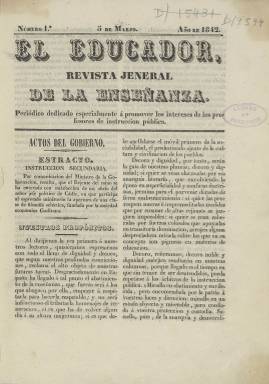
Título: El Educador (Madrid)
Colección: Educación
Ámbito geográfico: Madrid
Lugar de publicación: Madrid
Fechas: 05/03/1842-31/10/1842

Periódico editado en 1842 y solo en ese año. Publicó un total de 26 números desde el 5 de marzo en que salió el primero hasta el 31 de octubre en que lo hizo el último. En este último número se avisó a los suscriptores que el siguiente ya saldría con otra cabecera, aunque mantendría el mismo ideario y contenido. Se llamaría a partir de entonces Semanario de Instrucción Pública.

  El Educador llevaba por subtítulo el de Revista Jeneral de la Enseñanza, así con J en lugar de G, ortografía que era usual entonces. Otro subtítulo decía lo siguiente: ‘Periódico dedicado especialmente a promover los intereses de los profesores de instrucción pública’.

    La publicación salía tres veces por semana salvo un corto periodo en que fue semanal. Comenzó teniendo ocho páginas pero acabó teniendo solo cuatro. La última entrega solo tiene seis.

   En el primer número figura un artículo firmado por Miguel del Artiedal, que presumiblemente debía ser el editor o director del periódico y del que no se conoce casi nada.  Dicho artículo, que ocupa tres páginas y en el que se explicita el propósito del periódico, es muy esclarecedor sobre el estado de la enseñanza en la época y los problemas que afrontaba. En ese año de 1842 estaba como regente en España el general Espartero, dada la minoría de edad de Isabel II, y tras la abdicación como regente de su madre María Cristina. La situación política era de gran inestabilidad, de vaivenes partidistas, y eso afectaba a todos los aspectos de la vida nacional y especialmente a un sector como la educación muy sensible a los cambios políticos.

  En su presentación al público el periódico reclamaba ‘con voz enérgica el decoro debido a la enseñanza, las consideraciones de que son dignos los que a su espinosa profesión se dedican’.

   La publicación se estructuraba en secciones o epígrafes que se resumen así: boletín de actos del Gobierno; artículos doctrinales sobre los diversos ramos de instrucción; examen de los métodos y libros de enseñanza; reseña histórica de los colegios, institutos etc. con una noticia de los exámenes públicos que en ellos se celebren; variedades literarias; extracto de las sesiones literarias y científicas de diversas corporaciones; noticias y anuncios de interés positivo para los profesores; y por último, bibliografía.

[Descripción publicada el 16/8/2022]